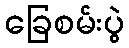
ခြေစမ်းပွဲ